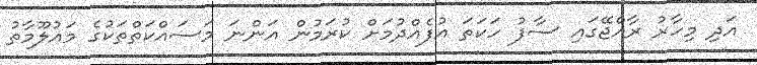
އަދި މިހާރު ރާއްޖޭގައި ސާފު ހަކަތަ އުފެއްދުމަށް ކުރަމުން އަންނަ މަސައްކަތްތަކުގެ މައުލޫމާތު